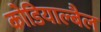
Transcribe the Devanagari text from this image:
कोडियाल्बैल